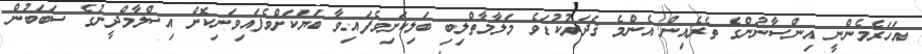
އަހަރެމެންނީ އިންސާނުންގެ ތެރެއިން އެންމެ ޤަދަރުކުޑަވެ މަލާމާތްލިބި ބަލިކަށިވެފައިވާ ބަޔަކަށްވެފައިވަނިކޮށް އިސްލާމްދީނުގެ ސަބަބުން